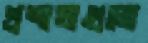
প্রশাখাগুলো